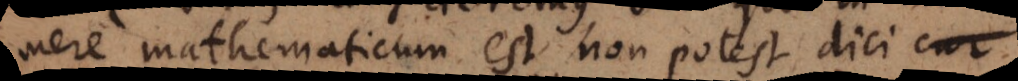
mere mathematicum est, non potest dici cur